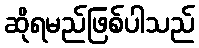
ဆိုရမည်ဖြစ်ပါသည်